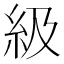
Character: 級